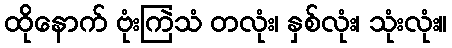
ထိုနောက် ဗုံးကြဲသံ တလုံး၊ နှစ်လုံး၊ သုံးလုံး။